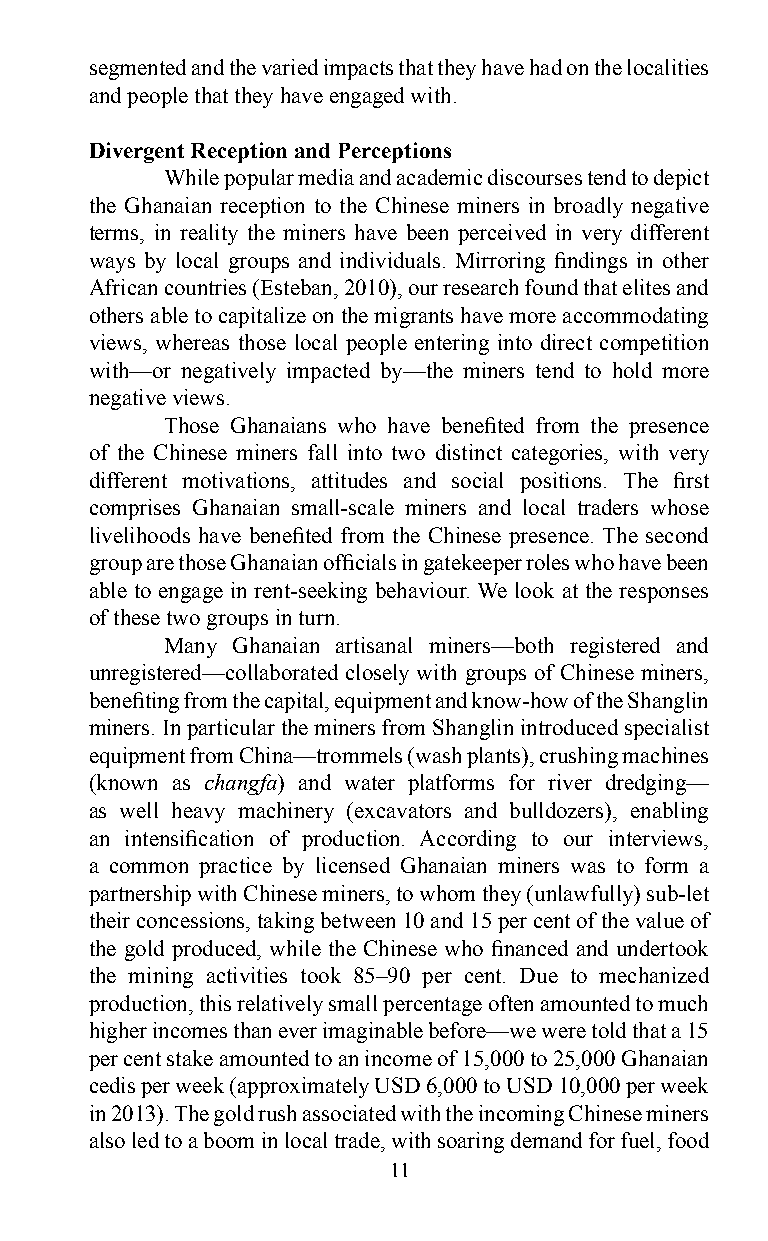
segmented and the varied impacts that they have had on the localities
 and people that they have engaged with.
 Divergent Reception and Perceptions
 While popular media and academic discourses tend to depict
 the Ghanaian reception to the Chinese miners in broadly negative
 terms, in reality the miners have been perceived in very different
 ways by local groups and individuals. Mirroring findings in other
 African countries (Esteban, 2010), our research found that elites and
 others able to capitalize on the migrants have more accommodating
 views, whereas those local people entering into direct competition
 with—or negatively impacted by—the miners tend to hold more
 negative views.
 Those Ghanaians who have benefited from the presence
 of the Chinese miners fall into two distinct categories, with very
 different motivations, attitudes and social positions. The first
 comprises Ghanaian small-scale miners and local traders whose
 livelihoods have benefited from the Chinese presence. The second
 group are those Ghanaian officials in gatekeeper roles who have been
 able to engage in rent-seeking behaviour. We look at the responses
 of these two groups in turn.
 Many Ghanaian artisanal miners—both registered and
 unregistered—collaborated closely with groups of Chinese miners,
 benefiting from the capital, equipment and know-how of the Shanglin
 miners. In particular the miners from Shanglin introduced specialist
 equipment from China—trommels (wash plants), crushing machines
 (known as changfa) and water platforms for river dredging—
 as well heavy machinery (excavators and bulldozers), enabling
 an intensification of production. According to our interviews,
 a common practice by licensed Ghanaian miners was to form a
 partnership with Chinese miners, to whom they (unlawfully) sub-let
 their concessions, taking between 10 and 15 per cent of the value of
 the gold produced, while the Chinese who financed and undertook
 the mining activities took 85–90 per cent. Due to mechanized
 production, this relatively small percentage often amounted to much
 higher incomes than ever imaginable before—we were told that a 15
 per cent stake amounted to an income of 15,000 to 25,000 Ghanaian
 cedis per week (approximately USD 6,000 to USD 10,000 per week
 in 2013). The gold rush associated with the incoming Chinese miners
 also led to a boom in local trade, with soaring demand for fuel, food
 11